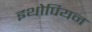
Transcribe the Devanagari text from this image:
इथोपियन